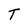
Character: T